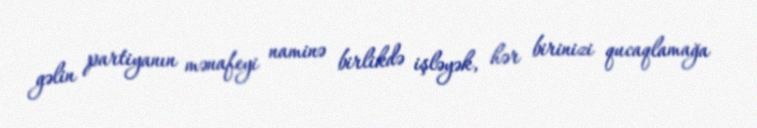
gəlin partiyanın mənafeyi naminə birlikdə işləyək, hər birinizi qucaqlamağa